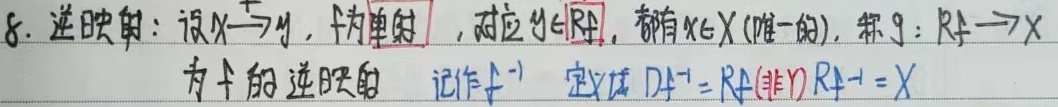
8. 逆映射：设\(X\xrightarrow{f}Y\)，\(f\)为单射，对应\(y\in R_f\)，都有\(x\in X\)（唯一的），称\(g:R_f\rightarrow X\)为\(f\)的逆映射，记作\(f^{-1}\)，定义域\(D_{f^{-1}} = R_f\)（非空），\(R_{f^{-1}}=X\)